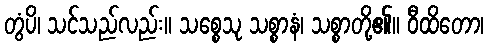
တွံပိ၊ သင်သည်လည်း။ သစ္စေသု သစ္စာနံ၊ သစ္စာတို့၏။ ဝီထိတော၊